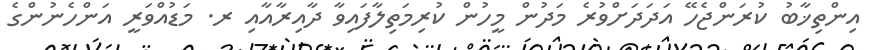
އިންތިޚާބު ކުރަންޖެހޭ އަދަދަށްވުރެ މަދުން މީހުން ކުރިމަތިލާފައިވާ ދާއިރާއާއި ރ. މަޑުއްވަރީ އަންހެނުންގެ